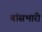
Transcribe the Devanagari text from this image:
बांसभारी